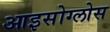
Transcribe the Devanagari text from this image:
आइसोग्लोस